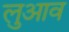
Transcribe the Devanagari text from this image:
लुआव